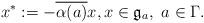
LaTeX: \begin{align*} x^*:=-\overline{\alpha(a)}x,x\in \mathfrak g_a,\ a\in\Gamma. \end{align*}